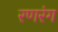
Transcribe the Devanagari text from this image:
रणरंग